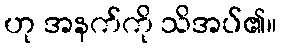
ဟု အနက်ကို သိအပ်၏။